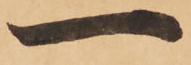
一